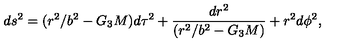
d s ^ { 2 } = ( r ^ { 2 } / b ^ { 2 } - G _ { 3 } M ) d \tau ^ { 2 } + { \frac { d r ^ { 2 } } { ( r ^ { 2 } / b ^ { 2 } - G _ { 3 } M ) } } + r ^ { 2 } d \phi ^ { 2 } ,